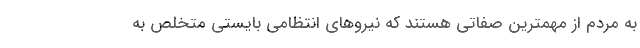
به مردم از مهمترین صفاتی هستند که نیروهای انتظامی بایستی متخلص به